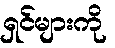
ရှင်များကို